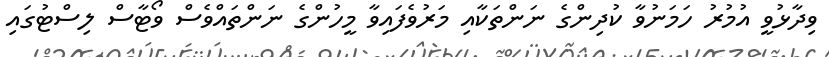
ވިދާޅުވީ އުމުރު ހަމަނުވާ ކުދިންގެ ނަންތަކާއި މަރުވެފައިވާ މީހުންގެ ނަންތައްވެސް ވޯޓާސް ލިސްޓުގައި